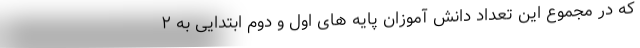
که در مجموع این تعداد دانش آموزان پایه های اول و دوم ابتدایی به ۲